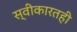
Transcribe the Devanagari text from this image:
स्वीकारतही